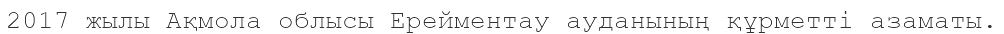
2017 жылы Ақмола облысы Ерейментау ауданының құрметті азаматы.